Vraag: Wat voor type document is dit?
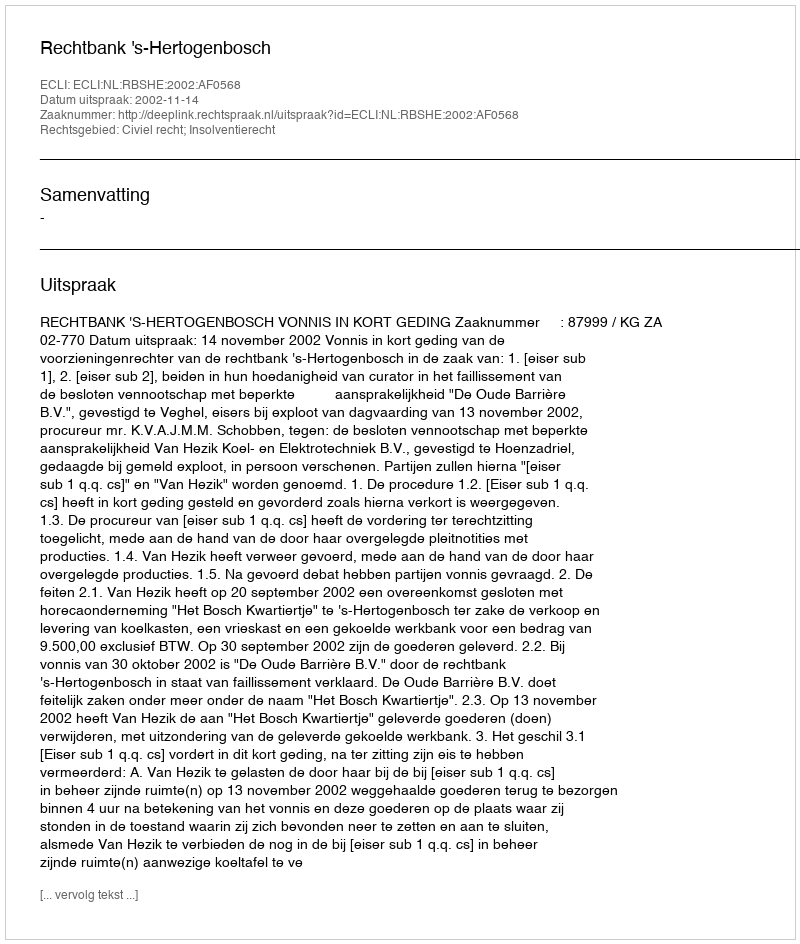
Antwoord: Uitspraak